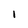
Character: l